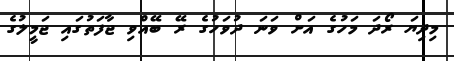
މިދިޔަ ރޯދަ މަހުގެ އަށް ވަނަ ދުވަހުގެ ރޭ ބޭއްވި ޖާފަތުގައި ޖަމީލުގެ